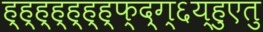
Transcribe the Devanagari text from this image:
ह्ह्ह्ह्ह्ह्ह्फ्द्ग्६य्हुएतु